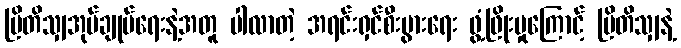
ဗြိတိသျှအုပ်ချုပ်ရေးနဲ့အတူ ပါလာတဲ့ အရင်းရှင်စီးပွားရေး ဖွံ့ဖြိုးမှုကြောင့် ဗြိတိသျှနဲ့